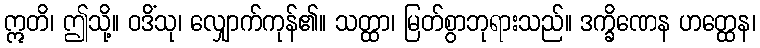
ဣတိ၊ ဤသို့။ ဝဒိံသု၊ လျှောက်ကုန်၏။ သတ္ထာ၊ မြတ်စွာဘုရားသည်။ ဒက္ခိဏေန ဟတ္ထေန၊